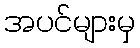
အပင်များမှ